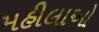
મહીલાઓ